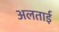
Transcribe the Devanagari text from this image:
अलताई